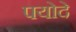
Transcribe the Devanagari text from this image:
पयोदे